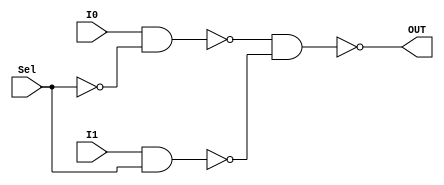
module mux_2to1_structural(OUT,I1,I0,Sel); //Defines a module mux with 4 ports OUT,Iq,I0,Sel
input I0,I1,Sel; //Defines inputs to the module I0,I1, Sel
output OUT; //Defines output for the module OUT
wire y0,y1,Sel_n; //Declared three wires: Sel_n, y0, and y1
not(Sel_n,Sel); //Sel_n is complement of Sel
nand(y0,I0,Sel_n); //Defines y0 as the output nand gate, while I0 and Sel_n are inputs
nand(y1,I1,Sel); //Defines y1 as the output nand gate, while I1 and Sel_n are inputs
nand(OUT,y0,y1); //Defines OUT as the output nand gate, while yo and y1 are inputs
endmodule //Defines end of Module defination